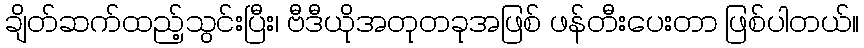
ချိတ်ဆက်ထည့်သွင်းပြီး၊ ဗီဒီယိုအတုတခုအဖြစ် ဖန်တီးပေးတာ ဖြစ်ပါတယ်။